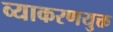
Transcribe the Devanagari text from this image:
व्याकरणयुक्त